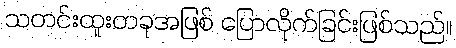
သတင်းထူးတခုအဖြစ် ပြောလိုက်ခြင်းဖြစ်သည်။